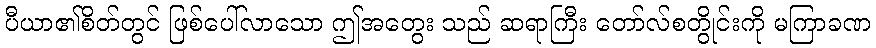
ပီယာ၏စိတ်တွင် ဖြစ်ပေါ်လာသော ဤအတွေး သည် ဆရာကြီး တော်လ်စတွိုင်းကို မကြာခဏ